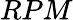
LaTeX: RPM